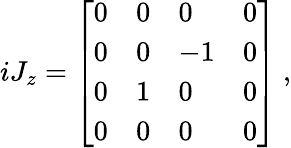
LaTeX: iJ_{z}={\left[\begin{array}{llll}{0}&{0}&{0}&{0}\\ {0}&{0}&{-1}&{0}\\ {0}&{1}&{0}&{0}\\ {0}&{0}&{0}&{0}\end{array}\right]}~,